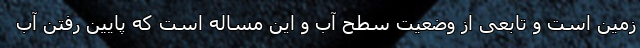
زمین است و تابعی از وضعیت سطح آب و این مساله است که پایین رفتن آب